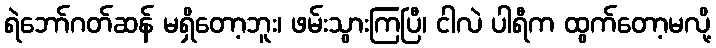
ရဲဘော်ဂတ်ဆန် မရှိတော့ဘူး၊ ဖမ်းသွားကြပြီ၊ ငါလဲ ပါရီက ထွက်တော့မလို့